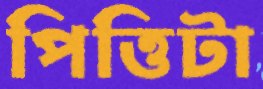
পিত্তিটা